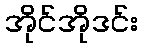
အိုင်အိုဒင်း